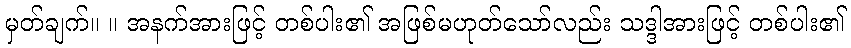
မှတ်ချက်။ ။ အနက်အားဖြင့် တစ်ပါး၏ အဖြစ်မဟုတ်သော်လည်း သဒ္ဒါအားဖြင့် တစ်ပါး၏